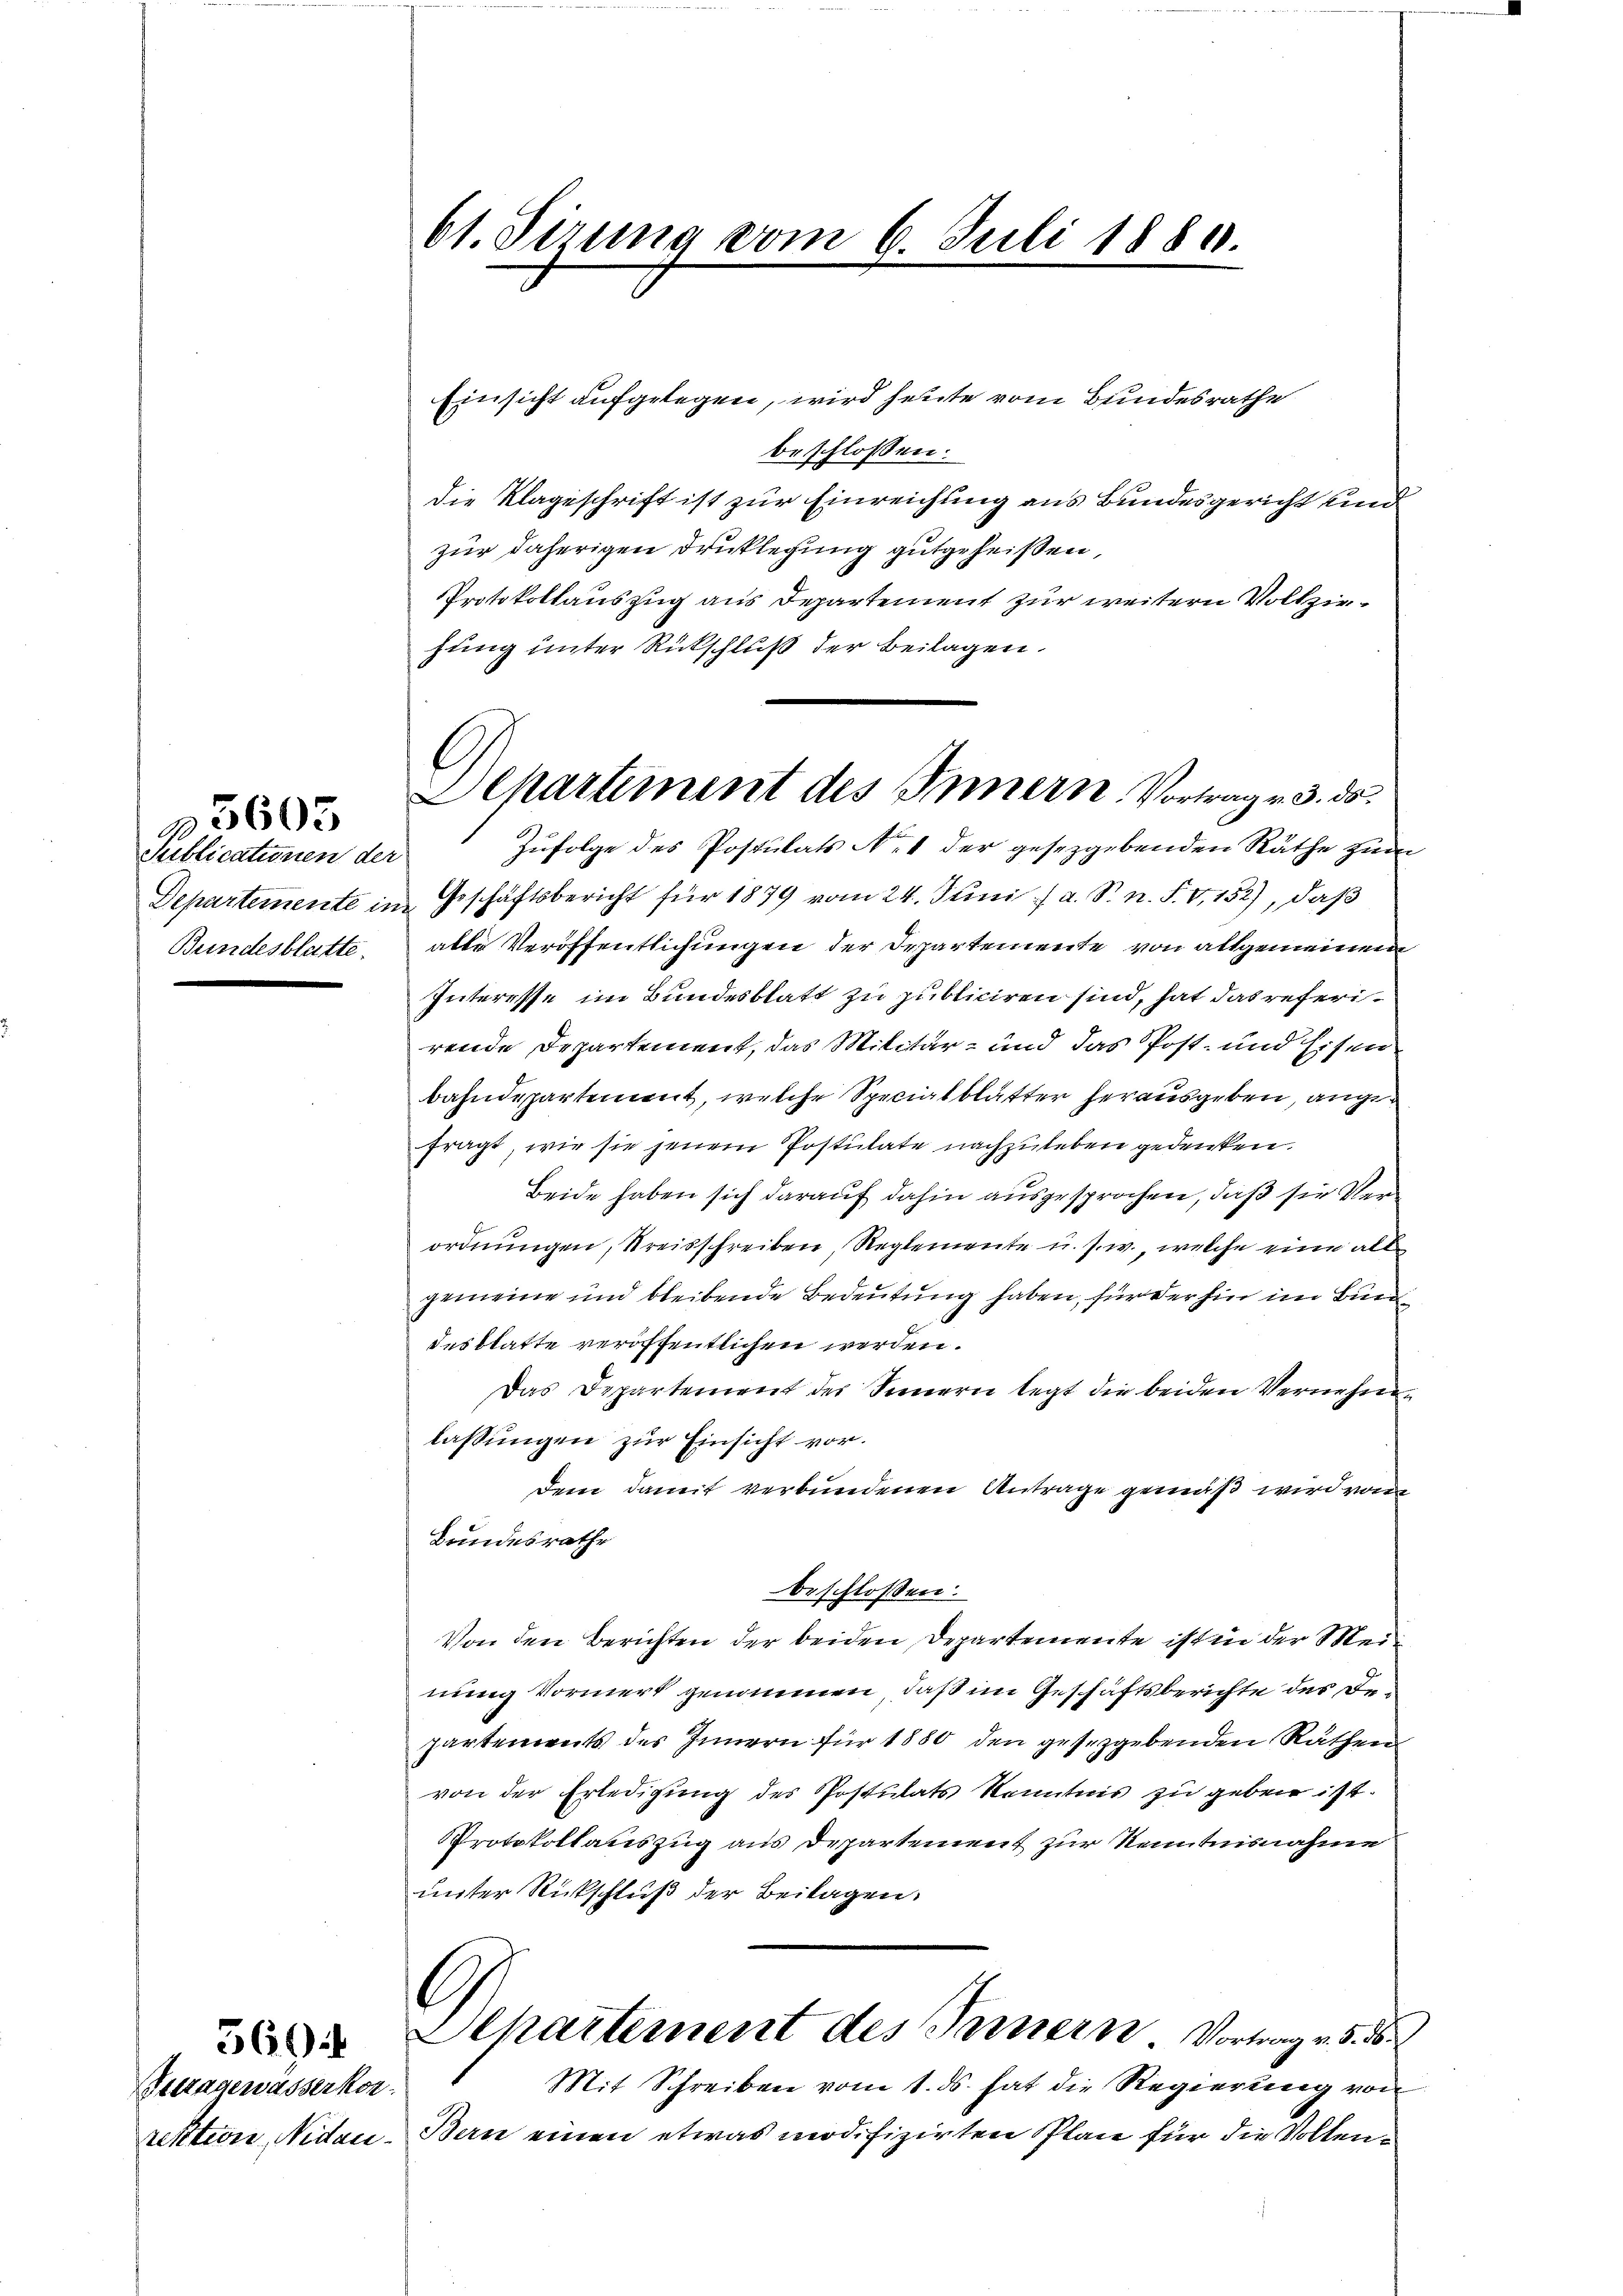
Publicationen der
Departemente im

»5603

Einsicht aufgelegen, wird heute vom Bundesrathe
beschlossen:
die Klageschrift ist zur Einreichung aus Bundesgericht und
zur daherigen Druklegung gutgeheißen,
Protokollauszug aus Departement zur weitern Vollziehung unter Rückschluß der Beilagen.
Geschäftsbericht für 1879 vom 24. Juni a. S. n. F. V,152), daß
Bundesblatte, alle Veröffentlichungen der Departemente von allgemeinen
Interesse im Bundesblatt zu publiciren sind, hat das referirende Departement, das Militär- und das Post- und Eisen
bahndepartement, welche Specialblätter herausgeben, ange
fragt, wie sie jenem Postulate nachzuleben gedenken.
Beide haben sich darauf dahin ausgesprochen, daß sie Verordnungen, Kreisschreiben, Reglemente u. s. w., welche eine all
gemeine und bleibende Bedeutung haben, für der hin im Buen
desblatte veröffentlichen werden.
Das Departement der Sinnern legt die beiden Vernehmlassungen zur Einsicht vor.
dem damit verbundenen Antrage gemäß wird von
Bundesrathe
beschlossen:
Von den Berichten der beiden Departemente ist in der Mei
nung Vormerk genommen, daß im Geschäftsberichte des Departements des Innern für 1880 den gesezgebenden Räthen
von der Erledigung des Postulats Kenntnis zu geben ist.
Protokollauszug aus Departement zur Kenntnisnahme
unter Rückschluß der Beilagen.
.
 Apartement des Innern Vortrag v. 3. d
Mit Schreiben vom 1. ds. hat die Regierung von
retttion, Nidau - Bern einen etwas modifizirten Plan für die Volken¬

Betragewasserkor

61. Sirung vom 6. Juli 1880.

E
Aepartement des Innern, Vortrag v. 3. ds.
Zufolge des Postulats N. 1 der gesetzgebenden Räthe zur